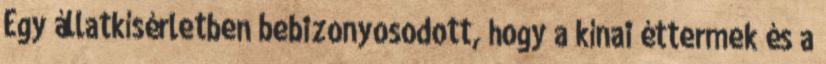
Egy állatkísérletben bebizonyosodott, hogy a kínai éttermek és a